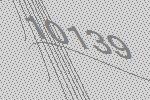
10139